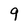
Character: 9